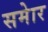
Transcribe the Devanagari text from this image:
समेार